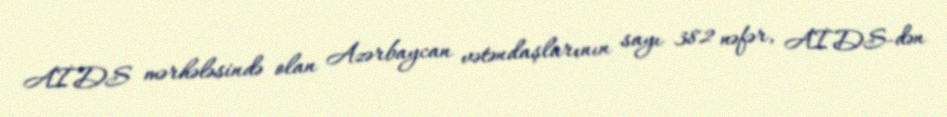
AİDS mərhələsində olan Azərbaycan vətəndaşlarının sayı 382 nəfər, AİDS-dən